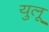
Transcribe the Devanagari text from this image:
युलू